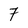
Character: 7